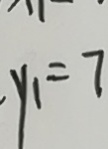
y _ { 1 } = 7